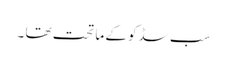
سب سڈکو کے ما تحت تھا ۔